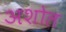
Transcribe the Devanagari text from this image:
अशोल